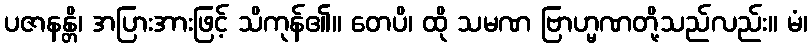
ပဇာနန္တိ၊ အပြားအားဖြင့် သိကုန်၏။ တေပိ၊ ထို သမဏ ဗြာဟ္မဏတို့သည်လည်း။ မံ၊